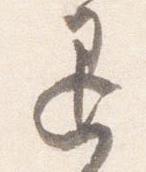
退